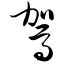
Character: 驾